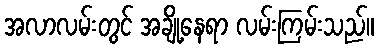
အလာလမ်းတွင် အချို့နေရာ လမ်းကြမ်းသည်။